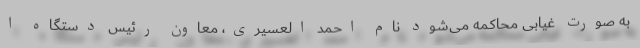
به صورت غیابی محاکمه می‌شود نام احمد العسیری، معاون رئیس دستگاه ا